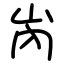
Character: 𡶀